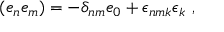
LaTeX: ( e _ { n } e _ { m } ) = - \delta _ { n m } e _ { 0 } + \epsilon _ { n m k } \epsilon _ { k } ~ ,